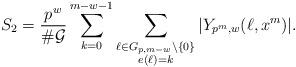
LaTeX: \begin{align*} S_2=\frac{p^w}{\#\mathcal{G}}\sum_{k=0}^{m-w-1}\sum_{\substack{\ell\in G_{p,m-w}\setminus \{0\} \\ e(\ell)=k}}|Y_{p^m,w}(\ell,x^m)|. \end{align*}